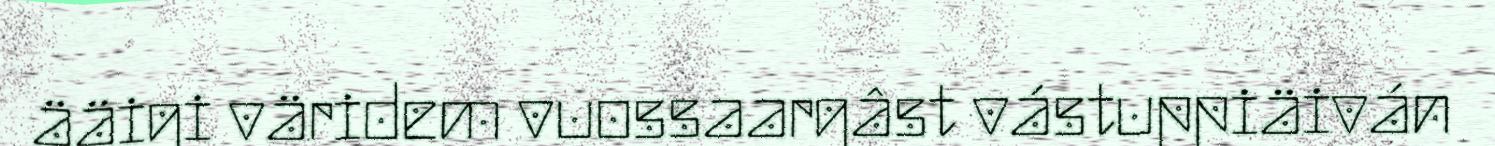
ääigi väridem vuossaargâst vástuppiäiván